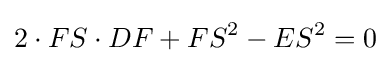
2\cdot FS\cdot DF+FS^{2}-ES^{2}=0